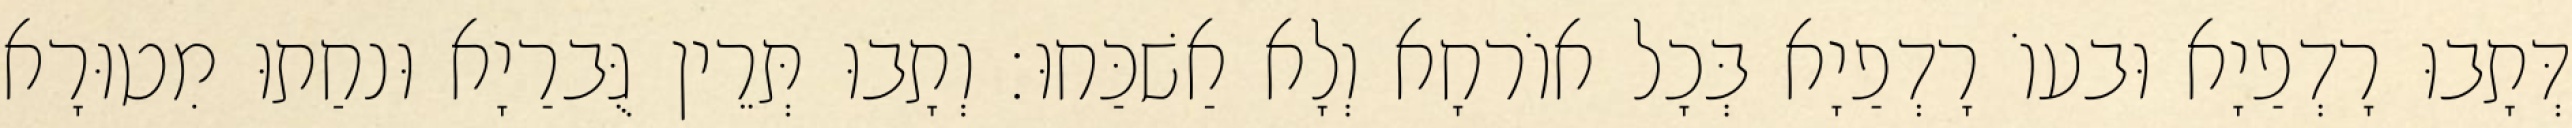
דְּתָבוּ רָדְפַיָא וּבעוֹ רָדְפַיָא בְּכָל אוֹרחָא וְלָא אַשׁכַּחוּ׃ וְתָבוּ תְּרֵין גֻּברַיָא וּנחַתוּ מִטוּרָא